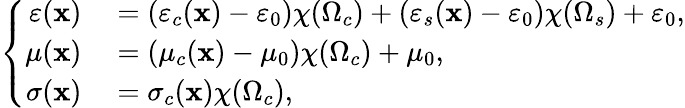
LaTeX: \left\{ \begin{array}{rl}{\varepsilon(\mathbf{x})}&{{}=(\varepsilon_{c}(\mathbf{x})-\varepsilon_{0})\chi(\Omega_{c})+(\varepsilon_{s}(\mathbf{x})-\varepsilon_{0})\chi(\Omega_{s})+\varepsilon_{0},}\\ {\mu(\mathbf{x})}&{{}=(\mu_{c}(\mathbf{x})-\mu_{0})\chi(\Omega_{c})+\mu_{0},}\\ {\sigma(\mathbf{x})}&{{}=\sigma_{c}(\mathbf{x})\chi(\Omega_{c}),}\end{array}\right.